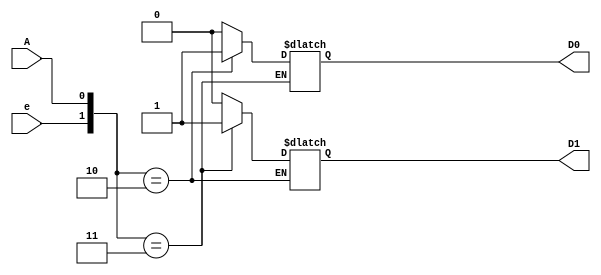
module Decoder12(
  input A,
  input e,
  output reg D1,
  output reg D0
);
  always@(*)
  begin
    case({e,A})
      2'b10: D0 = 1;
      2'b11: D1 = 1;
      default: {D1,D0} = 2'b00;
    endcase
  end
endmodule
module Decoder12_testbench();
  reg A1;
  reg e1;
  wire D01, D11;
  
  
  Decoder12 dut(
    .A(A1),
    .e(e1),
    .D1(D11),
    .D0(D01)
  );
  
  initial begin
    e1 = 0; A1 = 0;
    
    #80 e1 = 1; A1 =0;
    #80 e1 = 0; A1 =1;
    #80 e1 = 1; A1 = 1;
    #80 e1 = 1; A1 =0;
  
  end
endmodule
module Decoder38(
input A[2:0],
input e,
output reg D[7:0]);

Decoder12 D1(
.A(),
.e(),
.D1(),
.D0()
);
Decoder12 D2(
.A(),
.e(),
.D1(),
.D0()
);
Decoder12 D3(
.A(),
.e(),
.D1(),
.D0());
endmodule